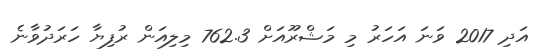
އަދި 2017 ވަނަ އަހަރު މި މަޝްރޫއަށް 762.3 މިލިއަން ރުފިޔާ ހަރަދުވާނެ